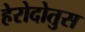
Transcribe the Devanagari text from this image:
हेरोदोतुस